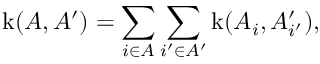
\operatorname { k } ( A , A ^ { \prime } ) = \sum _ { i \in A } \sum _ { i ^ { \prime } \in A ^ { \prime } } \operatorname { k } ( A _ { i } , A _ { i ^ { \prime } } ^ { \prime } ) ,